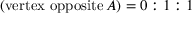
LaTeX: \ \left( { \mathrm { v e r t e x ~ o p p o s i t e } } \, A \right) = 0 : 1 : 1